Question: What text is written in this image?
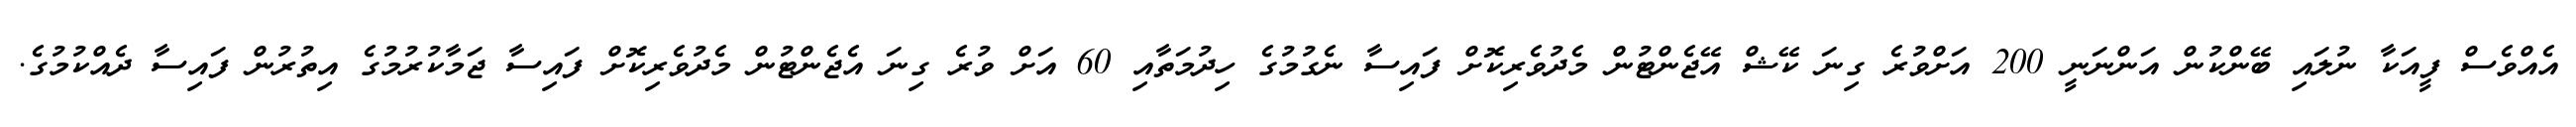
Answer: އެއްވެސް ފީއަކާ ނުލައި ބޭންކުން އަންނަނީ 200 އަށްވުރެ ގިނަ ކޭޝް އޭޖެންޓުން މެދުވެރިކޮށް ފައިސާ ނެގުމުގެ ހިދުމަތާއި 60 އަށް ވުރެ ގިނަ އެޖެންޓުން މެދުވެރިކޮށް ފައިސާ ޖަމާކުރުމުގެ އިތުރުން ފައިސާ ދެއްކުމުގެ.